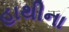
હાથીના